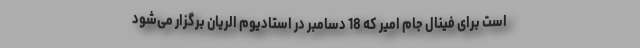
است برای فینال جام امیر که 18 دسامبر در استادیوم الریان برگزار می‌شود